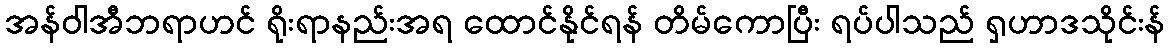
အန်ဝါအီဘရာဟင် ရိုးရာနည်းအရ ထောင်နိုင်ရန် တိမ်ကောပြီး ရပ်ပါသည် ရှဟာဒသိုင်းန်